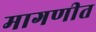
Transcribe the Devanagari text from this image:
मागणीत